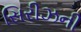
સિરીઝની